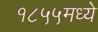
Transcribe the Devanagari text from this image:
१८५५मध्ये